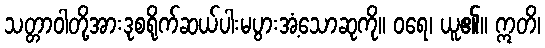
သတ္တာဝါတို့အားဒုစရိုက်ဆယ်ပါးမပွားအံ့သောဆုကို။ ဝရေ၊ ယူ၏။ ဣတိ၊